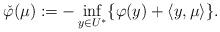
LaTeX: \begin{align*}\check{\varphi}(\mu):=-\inf_{y\in U^*}\{\varphi(y)+\langle y, \mu\rangle\}.\end{align*}